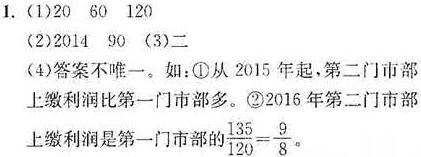
1. (1)20  60  120
(2)2014  90  (3)二
(4)答案不唯一。如：\textcircled{1}从2015年起，第二门市部上缴利润比第一门市部多。\textcircled{2}2016年第二门市部上缴利润是第一门市部的$\frac{135}{120}=\frac{9}{8}$。